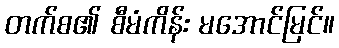
တက်စ၏ စီမံကိန်း မအောင်မြင်။